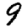
Digit: 9